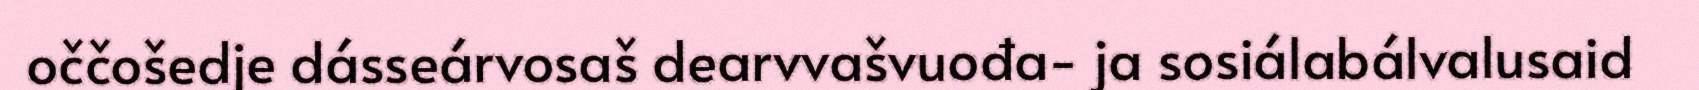
oččošedje dásseárvosaš dearvvašvuođa- ja sosiálabálvalusaid